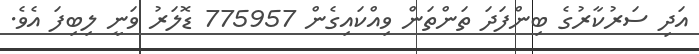
އަދި ސަރުކާރުގެ ބިންފަދަ ތަންތަން ވިއްކައިގެން 775957 ޑޮލަރު ވަނީ ލިބިފަ އެވެ.